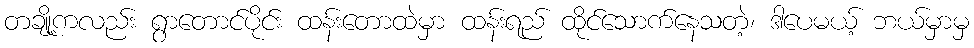
တချို့ကလည်း ရွာတောင်ပိုင်း ထန်းတောထဲမှာ ထန်းရည် ထိုင်သောက်နေသတဲ့၊ ဒါပေမယ့် ဘယ်မှာမှ